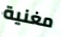
مغنية